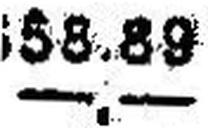
—.—